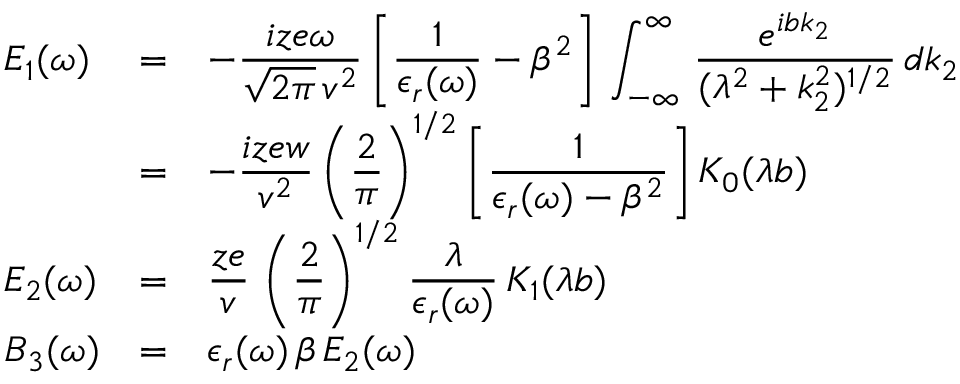
\begin{array} { l c l } { \displaystyle E _ { 1 } ( \omega ) } & { = } & { \displaystyle - \frac { i z e \omega } { \sqrt { 2 \pi } \, v ^ { 2 } } \left[ \frac { 1 } { \epsilon _ { r } ( \omega ) } - \beta ^ { 2 } \right] \, \int _ { - \infty } ^ { \infty } \! \, \, \frac { e ^ { i b k _ { 2 } } } { ( \lambda ^ { 2 } + k _ { 2 } ^ { 2 } ) ^ { 1 / 2 } } \, d k _ { 2 } } \\ { \displaystyle } & { = } & { \displaystyle - \frac { i z e w } { v ^ { 2 } } \left( \frac { 2 } { \pi } \right) ^ { 1 / 2 } \left[ \frac { 1 } { \epsilon _ { r } ( \omega ) - \beta ^ { 2 } } \right] K _ { 0 } ( \lambda b ) } \\ { \displaystyle E _ { 2 } ( \omega ) } & { = } & { \displaystyle \frac { z e } { v } \, \left( \frac { 2 } { \pi } \right) ^ { 1 / 2 } \frac { \lambda } { \epsilon _ { r } ( \omega ) } \, K _ { 1 } ( \lambda b ) } \\ { \displaystyle B _ { 3 } ( \omega ) } & { = } & { \displaystyle \epsilon _ { r } ( \omega ) \, \beta \, E _ { 2 } ( \omega ) } \end{array}